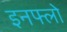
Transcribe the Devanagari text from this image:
इनफ्लो